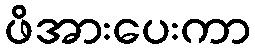
ဖိအားပေးကာ